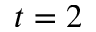
t = 2